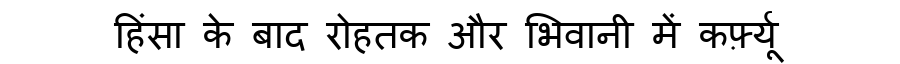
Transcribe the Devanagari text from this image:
हिंसा के बाद रोहतक और भिवानी में कर्फ़्यू